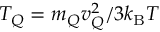
T _ { Q } = m _ { Q } v _ { Q } ^ { 2 } / 3 k _ { \mathrm { B } } T